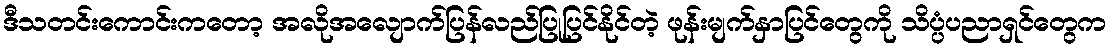
ဒီသတင်းကောင်းကတော့ အလိုအလျောက်ပြန်လည်ပြုပြင်နိုင်တဲ့ ဖုန်းမျက်နှာပြင်တွေကို သိပ္ပံပညာရှင်တွေက